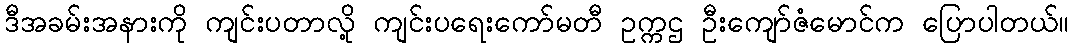
ဒီအခမ်းအနားကို ကျင်းပတာလို့ ကျင်းပရေးကော်မတီ ဥက္ကဌ ဦးကျော်ဇံမောင်က ပြောပါတယ်။